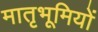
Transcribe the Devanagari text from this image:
मातृभूमियों